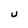
Character: U